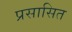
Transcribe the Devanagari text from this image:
प्रसासित